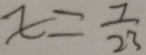
x = \frac { 7 } { 2 3 }